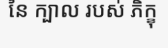
នៃ ក្បាល របស់ ភិក្ខុ